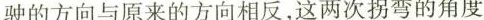
驶的方向与原来的方向相反，这两次拐弯的角度